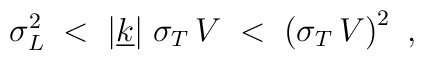
\sigma_L^2\;<\; |\underline{k}|\;\sigma_T\,V \;<\; \left(  \sigma_T\,V\right)^2~,